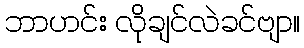
ဘာဟင်း လိုချင်လဲခင်ဗျာ။